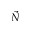
\vec { N }